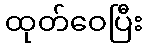
ထုတ်ဝေပြီး